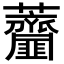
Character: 𧆌